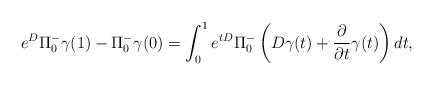
LaTeX: \begin{align*} e^D \Pi^-_0 \gamma(1) - \Pi^-_0 \gamma (0) &= \int_0^1 e^{t D} \Pi^-_0 \left( D \gamma(t) + \frac{\partial}{\partial t} \gamma(t) \right) dt, \end{align*}